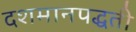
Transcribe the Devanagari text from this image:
दशमानपद्धती